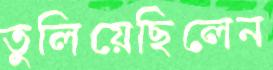
তুলিয়েছিলেন